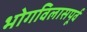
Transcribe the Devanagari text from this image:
भोगविलासपूर्व